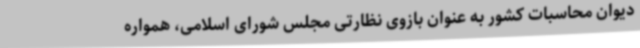
دیوان محاسبات کشور به عنوان بازوی نظارتی مجلس شورای اسلامی، همواره